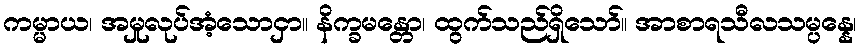
ကမ္မာယ၊ အမှုလုပ်အံ့သောငှာ။ နိက္ခမန္တော၊ ထွက်သည်ရှိသော်။ အာစာရသီလသမ္ပန္နေ၊